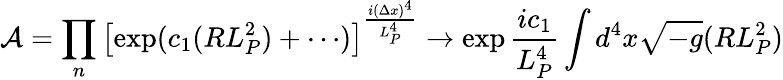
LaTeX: {\mathcal A}=\prod_{n}\left[\exp(c_{1}(RL_{P}^{2})+\cdots)\right]^{{\frac{i(\Delta x)^{4}}{L_{P}^{4}}}}\to\exp{\frac{ic_{1}}{L_{P}^{4}}}\int d^{4}x\sqrt{-g}(RL_{P}^{2})